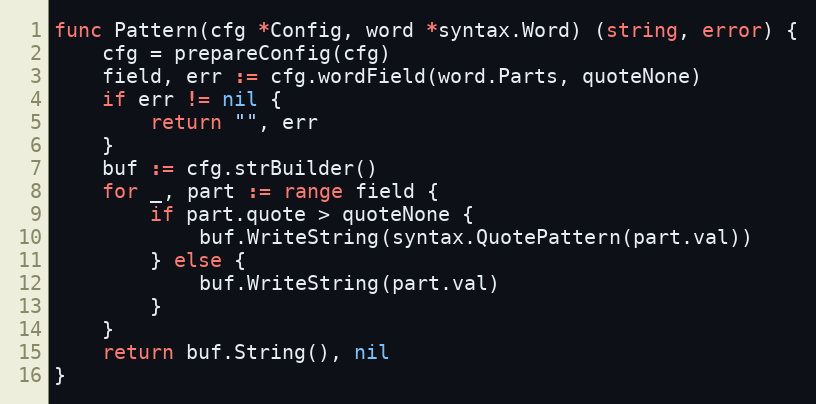
Language: Go
func Pattern(cfg *Config, word *syntax.Word) (string, error) {
	cfg = prepareConfig(cfg)
	field, err := cfg.wordField(word.Parts, quoteNone)
	if err != nil {
		return "", err
	}
	buf := cfg.strBuilder()
	for _, part := range field {
		if part.quote > quoteNone {
			buf.WriteString(syntax.QuotePattern(part.val))
		} else {
			buf.WriteString(part.val)
		}
	}
	return buf.String(), nil
}